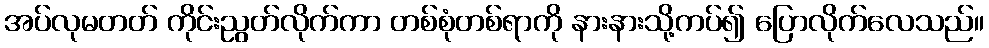
အပ်လုမတတ် ကိုင်းညွတ်လိုက်ကာ တစ်စုံတစ်ရာကို နားနားသို့ကပ်၍ ပြောလိုက်လေသည်။